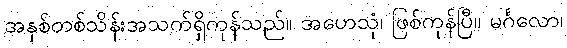
အနှစ်တစ်သိန်းအသက်ရှိကုန်သည်။ အဟေသုံ၊ ဖြစ်ကုန်ပြီ။ မင်္ဂလော၊